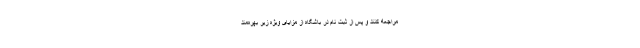
مراجعه کنند و پس از ثبت نام در باشگاه از مزایای ویژه زیر بهره‌مند